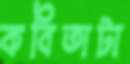
কবিতাটা